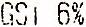
GST 6%